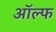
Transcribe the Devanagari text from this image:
ऑल्फ